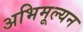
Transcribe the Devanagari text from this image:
अभिमूल्यन